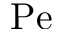
\mathrm { P e }